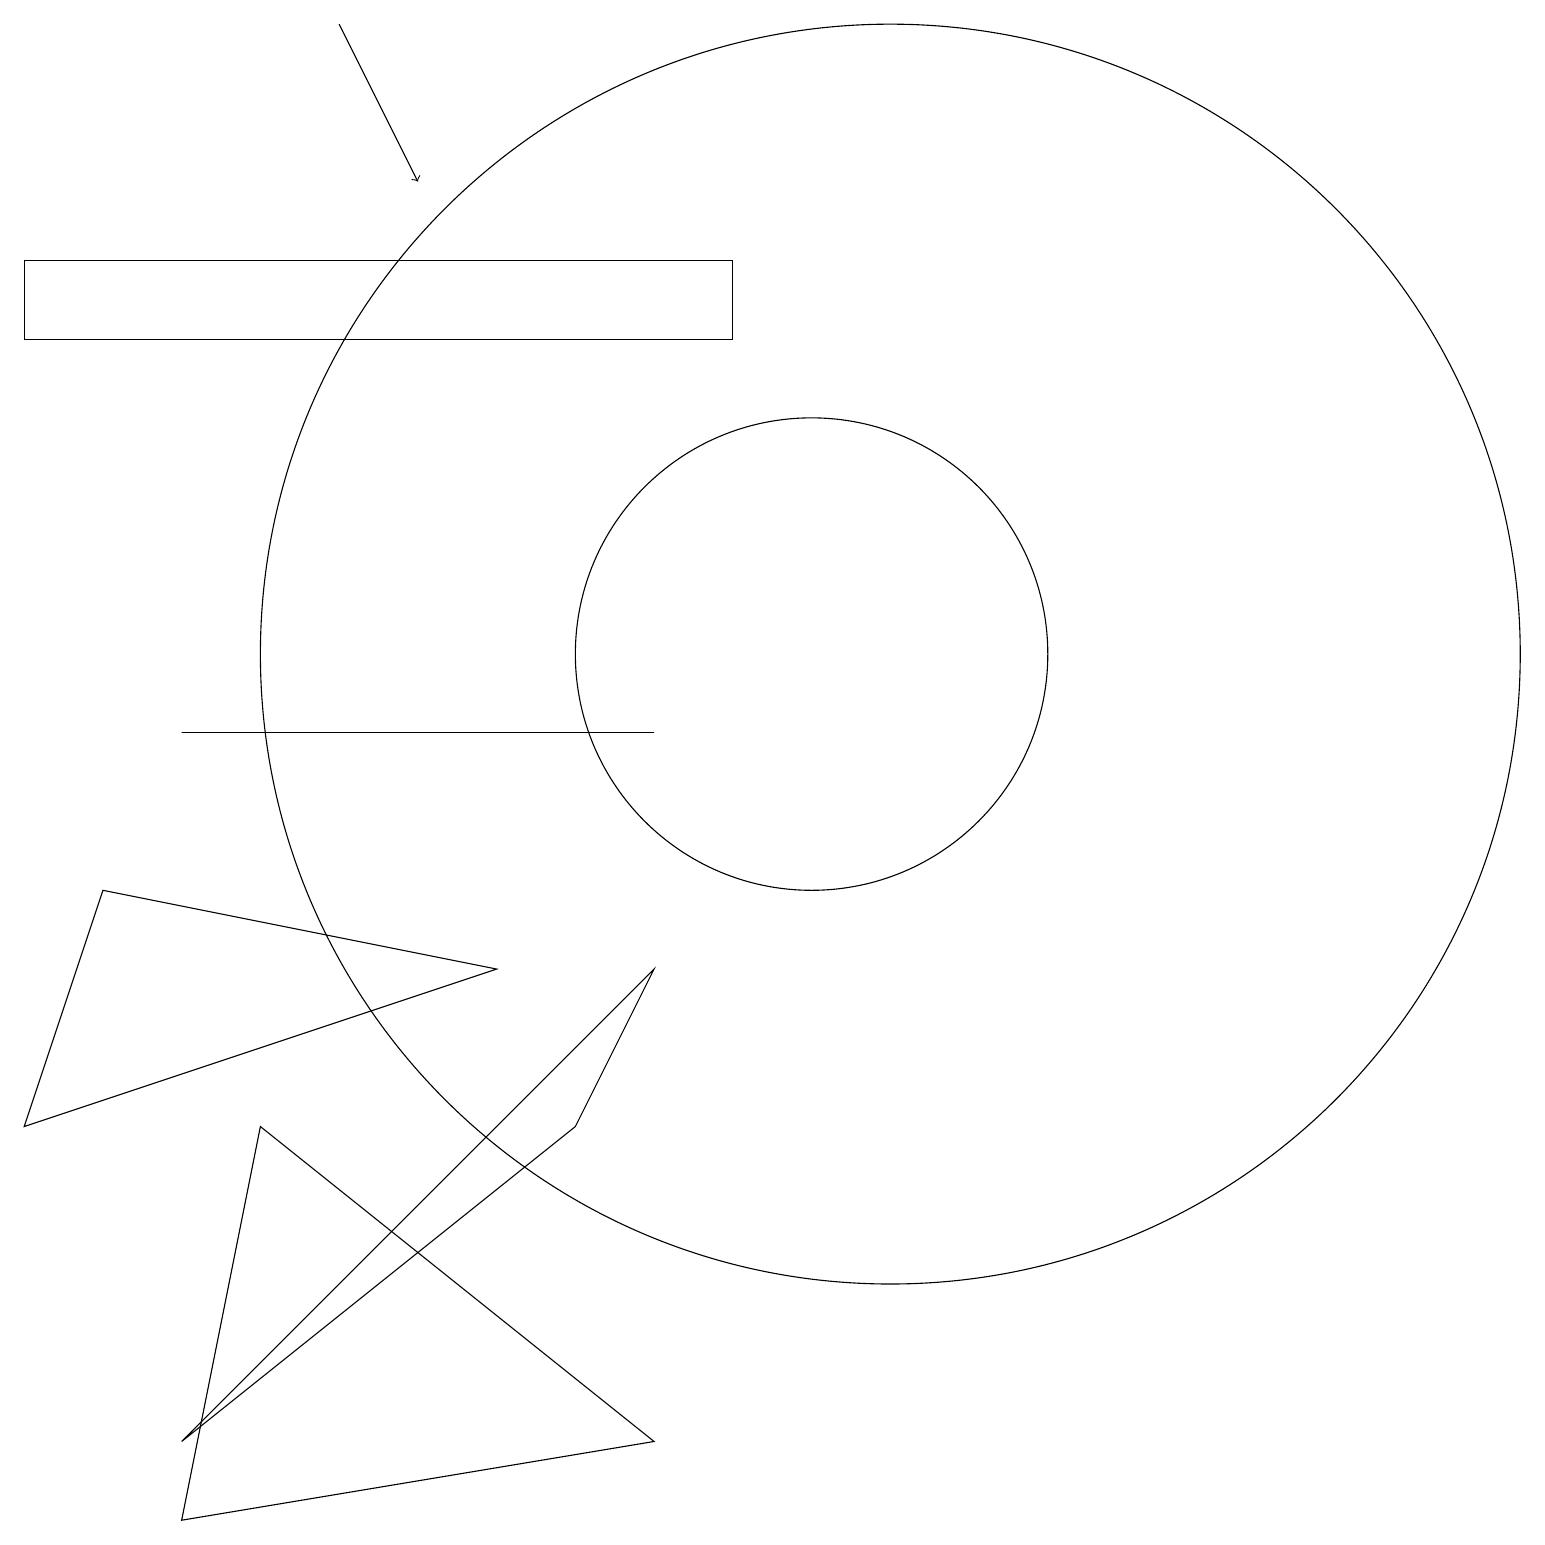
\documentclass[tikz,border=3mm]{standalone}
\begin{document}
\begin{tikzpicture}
\draw (6,7) -- (1,8) -- (0,5) -- cycle;
\draw (3,5) -- (2,0) -- (8,1) -- cycle;
\draw (8,10) rectangle (2,10);
\draw (10,11) circle (3);
\draw (2,1) -- (8,7) -- (7,5) -- cycle;
\draw (11,11) circle (8);
\draw (0,16) rectangle (9,15);
\draw[->] (4,19) -- (5,17);
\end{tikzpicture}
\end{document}